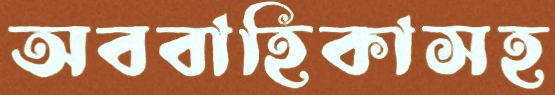
অববাহিকাসহ